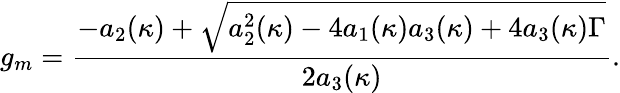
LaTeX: g_{m}=\frac{-a_{2}(\kappa)+\sqrt{a_{2}^{2}(\kappa)-4a_{1}(\kappa)a_{3}(\kappa)+4a_{3}(\kappa)\Gamma}}{2a_{3}(\kappa)}.